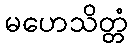
မဟေသိတ္တံ